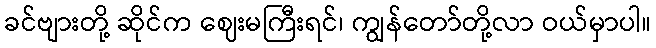
ခင်ဗျားတို့ ဆိုင်က ဈေးမကြီးရင်၊ ကျွန်တော်တို့လာ ဝယ်မှာပါ။